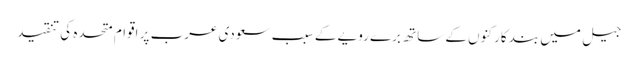
جیل میں بند کارکنوں کے ساتھ برے رویے کے سبب سعودی عرب پر اقوام متحدہ کی تنقید